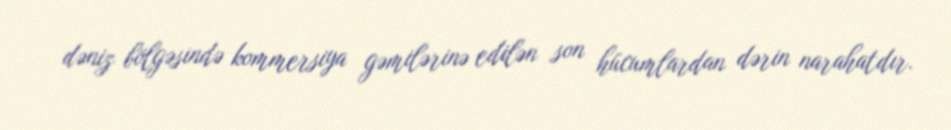
dəniz bölgəsində kommersiya gəmilərinə edilən son hücumlardan dərin narahatdır.